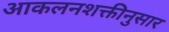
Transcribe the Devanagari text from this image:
आकलनशक्तीनुसार